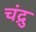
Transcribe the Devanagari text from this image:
चंद्रु